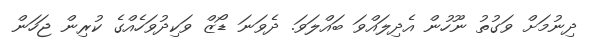
ދިނުމަށް ވަގުތު ނޫހުން އެދިލައްވަ ބައްލަވަ. ދެވަނަ ޑޯޒް ވަކިދުވަހެއްގެ ކުރިން ޖަހަން